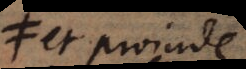
et proinde